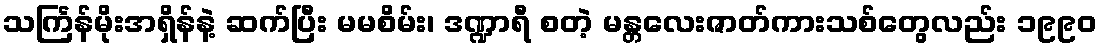
သင်္ကြန်မိုးအရှိန်နဲ့ ဆက်ပြီး မမစိမ်း၊ ဒဏ္ဍာရီ စတဲ့ မန္တလေးဇာတ်ကားသစ်တွေလည်း ၁၉၉၀